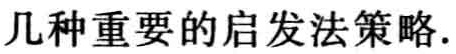
几种重要的启发法策略.